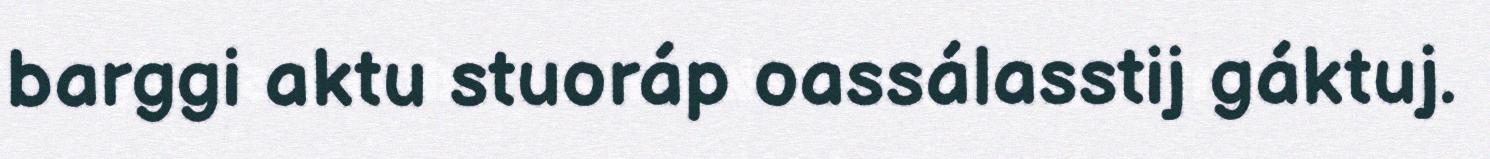
barggi aktu stuoráp oassálasstij gáktuj.